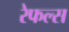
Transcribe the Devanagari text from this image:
रेफल्स